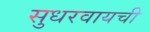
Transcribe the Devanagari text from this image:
सुधरवायची